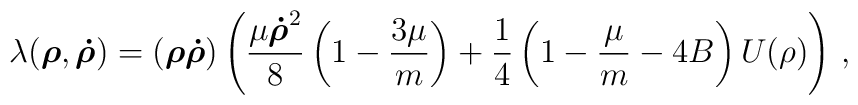
\lambda({\mbox{\boldmath$\rho$}},{\mbox{\boldmath$\dot\rho$}}) =({\mbox{\boldmath$\rho$}}{\mbox{\boldmath$\dot\rho$}})\left(\frac{\mu{\mbox{\boldmath$\dot\rho$}}^2}{8}\left(1-\frac{3\mu}{m}\right)+ \frac{1}{4}\left(1-\frac{\mu}{m}-4B\right)U(\rho)\right)\,,